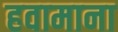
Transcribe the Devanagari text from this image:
हवामाना